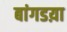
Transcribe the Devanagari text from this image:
बांगडय़ा